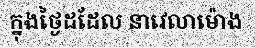
ក្នុងថ្ងៃដដែល នាវេលាម៉ោង